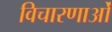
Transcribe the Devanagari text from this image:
विचारणाओं